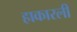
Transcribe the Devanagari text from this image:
हाकारली